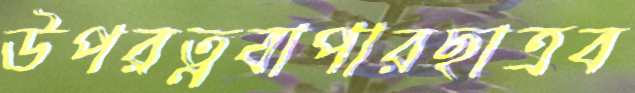
উপরত্নবাপারছাত্রব